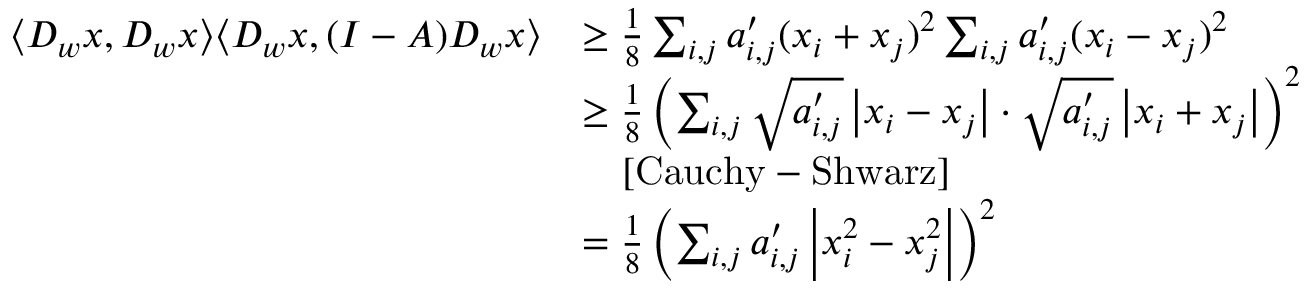
\begin{array} { r l } { \langle D _ { w } x , D _ { w } x \rangle \langle D _ { w } x , ( I - A ) D _ { w } x \rangle } & { \geq \frac { 1 } { 8 } \sum _ { i , j } a _ { i , j } ^ { \prime } ( x _ { i } + x _ { j } ) ^ { 2 } \sum _ { i , j } a _ { i , j } ^ { \prime } ( x _ { i } - x _ { j } ) ^ { 2 } } \\ & { \geq \frac { 1 } { 8 } \left( \sum _ { i , j } \sqrt { a _ { i , j } ^ { \prime } } \left| x _ { i } - x _ { j } \right| \cdot \sqrt { a _ { i , j } ^ { \prime } } \left| x _ { i } + x _ { j } \right| \right) ^ { 2 } } \\ & { \ \ \ \mathrm { [ C a u c h y - S h w a r z ] } } \\ & { = \frac { 1 } { 8 } \left( \sum _ { i , j } a _ { i , j } ^ { \prime } \left| x _ { i } ^ { 2 } - x _ { j } ^ { 2 } \right| \right) ^ { 2 } } \end{array}